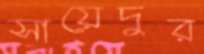
সায়েদুর